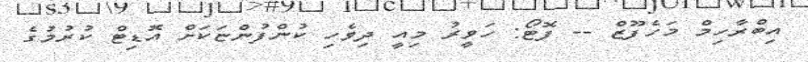
އިބްރާހިމް މަހެފޫޒް -- ފޮޓޯ: ހަވީރު މިއީ ދިވެހި ކުންފުންޏަކަށް އޮޑިޓް ކުރުމުގެ